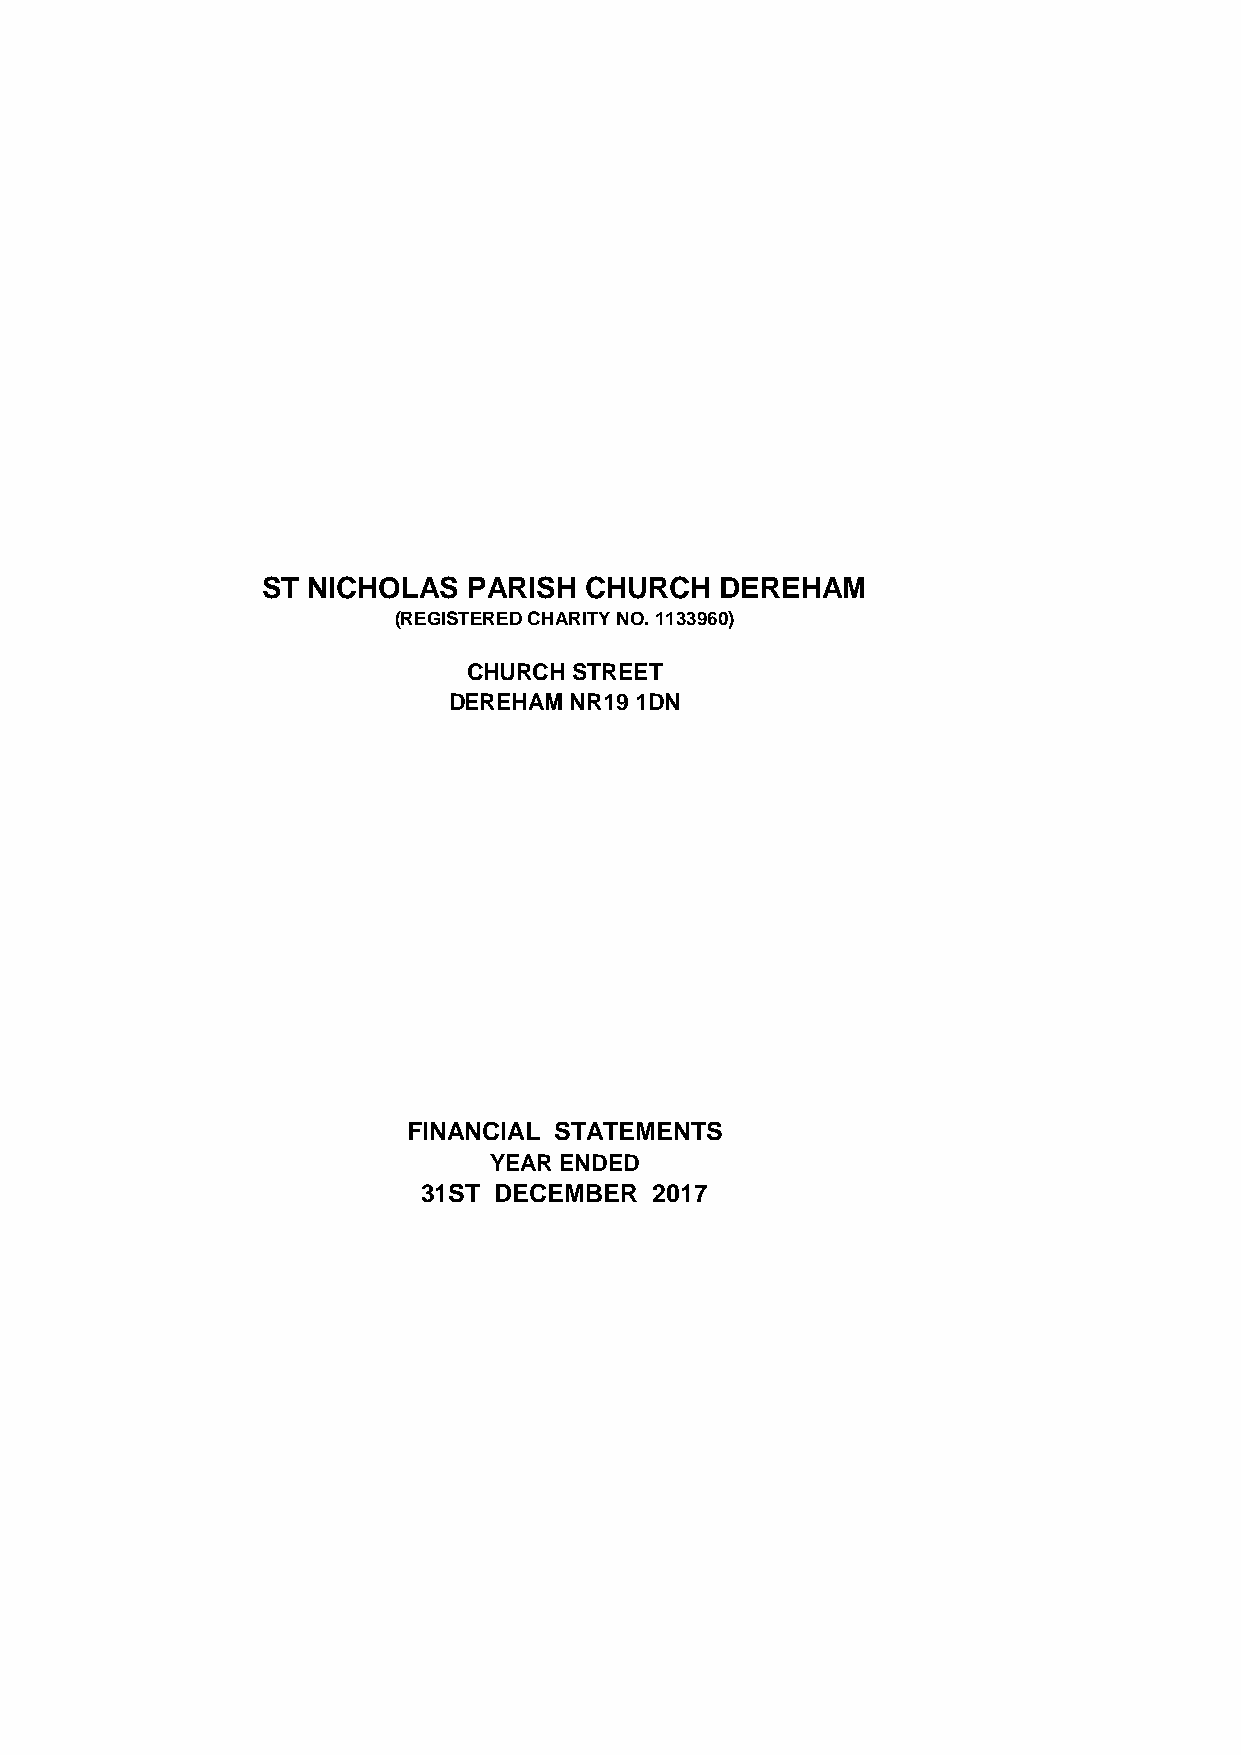
ST NICHOLAS   PARISH  CHURCH   DEREHAM
 (REGISTERED CHARITY NO. 1133960)
 CHURCH STREET
 DEREHAM NR19 1DN
 FINANCIAL STATEMENTS
 YEAR ENDED
 31ST DECEMBER  2017